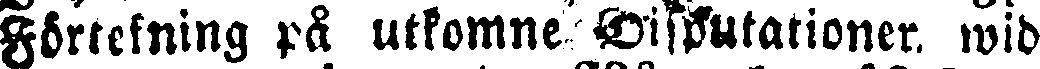
Förrekning på utkomne disputationer. wid